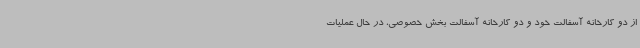
از دو کارخانه آسفالت خود و دو کارخانه آسفالت بخش خصوصی، در حال عملیات